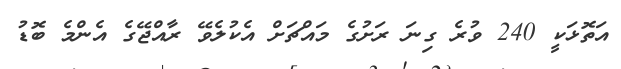
އަތޮޅަކީ 240 ވުރެ ގިނަ ރަށުގެ މައްޗަށް އެކުލެވޭ ރާއްޖޭގެ އެންމެ ބޮޑު